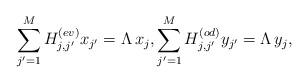
LaTeX: \begin{align*}\sum_{j'=1}^M H^{(ev)}_{j,j'}x_{j'}=\Lambda\, x_j, \sum_{j'=1}^M H^{(od)}_{j,j'}y_{j'}=\Lambda \,y_j,\end{align*}